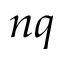
n q